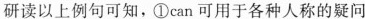
研读以上例句可知，①can可用于各种人称的疑问